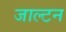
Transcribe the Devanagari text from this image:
जाल्‍टन